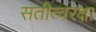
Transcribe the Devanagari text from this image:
सतीत्वरक्षा